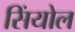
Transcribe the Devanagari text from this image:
सिंयोल